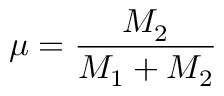
\mu = \frac { { M } _ { 2 } } { M _ { 1 } + M _ { 2 } }